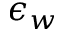
\epsilon _ { w }